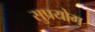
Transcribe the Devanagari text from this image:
सुप्रयोग